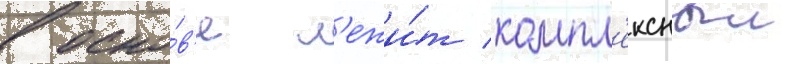
в осно́в'е л'ежи́т компл'ексныи